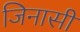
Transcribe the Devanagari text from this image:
जिनासी